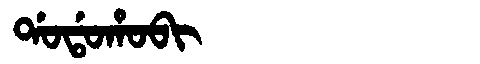
Manchu: ᡩᠣᡩᠣᡥᠣᠪᡳ
Romanization: DODOHOBI